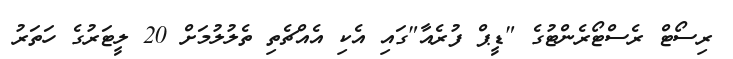
ރިސޯޓް ރެސްޓޯރެންޓުގެ "ޑީޕް ފުރެއާ"ގައި އެކި އެއްޗެތި ތެލުލުމަށް 20 ލީޓަރުގެ ހަތަރު